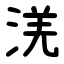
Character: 㳾